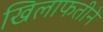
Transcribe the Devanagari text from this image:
खिलाफतीने